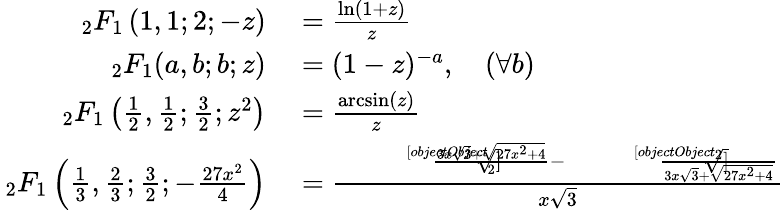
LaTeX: \begin{array}{rl}{_{2}F_{1}\left(1,1;2;-z\right)}&{{}={\frac{\ln(1+z)}{z}}}\\ {_{2}F_{1}(a,b;b;z)}&{{}=(1-z)^{-a},\quad(\forall b)}\\ {_{2}F_{1}\left({\frac{1}{2}},{\frac{1}{2}};{\frac{3}{2}};z^{2}\right)}&{{}={\frac{\arcsin(z)}{z}}}\\ {\, _{2}F_{1}\left({\frac{1}{3}},{\frac{2}{3}};{\frac{3}{2}};-{\frac{27x^{2}}{4}}\right)}&{{}={\frac{{\sqrt[[objectObject]]{\frac{3x{\sqrt{3}}+{\sqrt{27x^{2}+4}}}{2}}}-{\sqrt[[objectObject]]{\frac{2}{3x{\sqrt{3}}+{\sqrt{27x^{2}+4}}}}}}{x{\sqrt{3}}}}}\end{array}